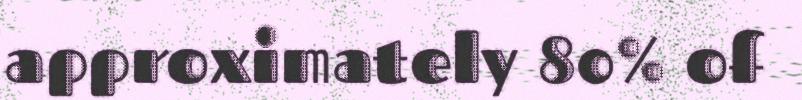
approximately 80% of